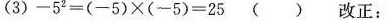
(3)$$- 5 ^ { 2 } = ( - 5 ) \times ( - 5 ) = 2 5$$ ( ) 改正：